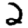
Digit: 2